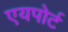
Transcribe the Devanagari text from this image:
एयपोर्ट